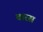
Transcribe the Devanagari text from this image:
चारस